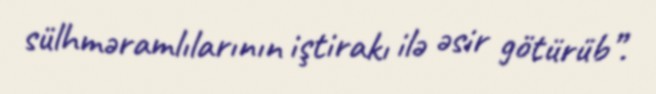
sülhməramlılarının iştirakı ilə əsir götürüb”.